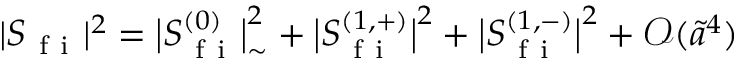
| S _ { \mathrm { ~ f ~ i ~ } } | ^ { 2 } = \big \lvert S _ { \mathrm { ~ f ~ i ~ } } ^ { ( 0 ) } \big \rvert _ { \sim } ^ { 2 } + \big \lvert S _ { \mathrm { ~ f ~ i ~ } } ^ { ( 1 , + ) } \big \rvert ^ { 2 } + \big \lvert S _ { \mathrm { ~ f ~ i ~ } } ^ { ( 1 , - ) } \big \rvert ^ { 2 } + \mathcal { O } ( \tilde { a } ^ { 4 } )